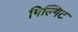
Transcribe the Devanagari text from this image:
गिल्गिट